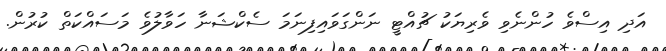
އަދި އިސްވެ ހުންނެވި ވެރިޔަކު ޗުއްޓީ ނަންގަވައިފިނަމަ ސެކްޝަނާ ހަވާލުވެ މަސައްކަތް ކުރުން.